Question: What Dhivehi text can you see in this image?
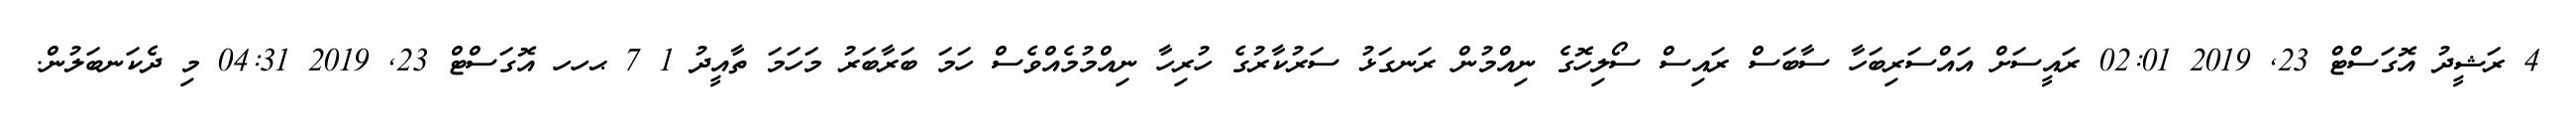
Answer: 4 ރަޝީދު އޮގަސްޓް 23, 2019 02:01 ރައީސަށް އައްސަރިބަހާ ސާބަސް ރައިސް ސޯލިހޮގެ ނިއްމުން ރަނގަޅު ސަރުކާރުގެ ހުރިހާ ނިއްމުމެއްވެސް ހަމަ ބަރާބަރު މަހަމަ ތާއީދު 1 7 ޙހހ އޮގަސްޓް 23, 2019 04:31 މި ދެކަނބަލުން.